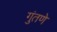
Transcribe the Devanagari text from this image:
गुंतणे